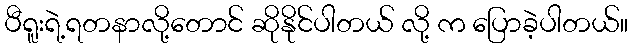
ပီရူးရဲ့ရတနာလို့တောင် ဆိုနိုင်ပါတယ် လို့ က ပြောခဲ့ပါတယ်။